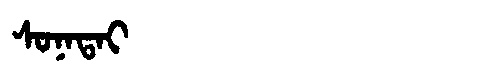
Manchu: ᠰᠣᠨᠠᡨᠠᡳ
Romanization: SONATAI